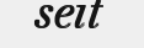
seit